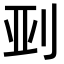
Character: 𫥼